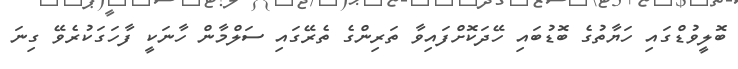
ބޮލީވުޑްގައި ހަޔާތުގެ ބޮޑުބައި ހޭދަކޮށްފައިވާ ތަރިންގެ ތެރޭގައި ސަލްމާން ހާނަކީ ފާހަގަކުރެވޭ ގިނަ